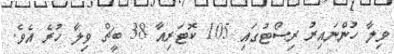
ވިލާ ހުންނައިރު ރިސޯޓުގައި 105 ކޮޓަރިއާ 38 ބީޗް ވިލާ ހުރެ އެވެ.